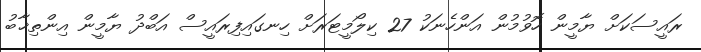
ރައީސަކަށް ޔާމީން ހޮވުމުން އަންހެނަކު 27 ކިލޯމީޓަރަށް ހިނގައިފިރައީސް އަބްދު ޔާމީން އިންތިޚާބު